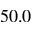
5 0 . 0